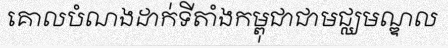
គោលបំណងដាក់ទីតាំងកម្ពុជាជាមជ្ឈមណ្ឌល